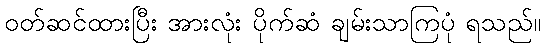
ဝတ်ဆင်ထားပြီး အားလုံး ပိုက်ဆံ ချမ်းသာကြပုံ ရသည်။